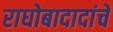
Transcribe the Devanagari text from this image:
राघोबादादांचे